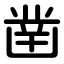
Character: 凿